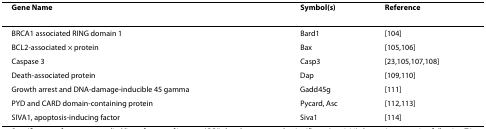
| Gene Name | Symbol(s) | Reference |
 | --- | --- | --- |
 | BRCA1 associated RING domain 1 | Bard1 | [104] |
 | BCL2-associated × protein | Bax | [105,106] |
 | Caspase 3 | Casp3 | [23,105,107,108] |
 | Death-associated protein | Dap | [109,110] |
 | Growth arrest and DNA-damage-inducible 45 gamma | Gadd45g | [111] |
 | PYD and CARD domain-containing protein | Pycard, Asc | [112,113] |
 | SIVA1, apoptosis-inducing factor | Siva1 | [114] |